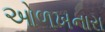
ઓળખનારા